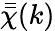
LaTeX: \bar{\bar{\chi}}(k)